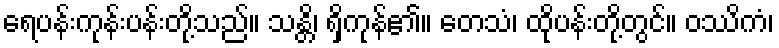
ရေပန်းကုန်းပန်းတို့သည်။ သန္တိ၊ ရှိကုန်၏။ တေသံ၊ ထိုပန်းတို့တွင်။ ဝဿိကံ၊